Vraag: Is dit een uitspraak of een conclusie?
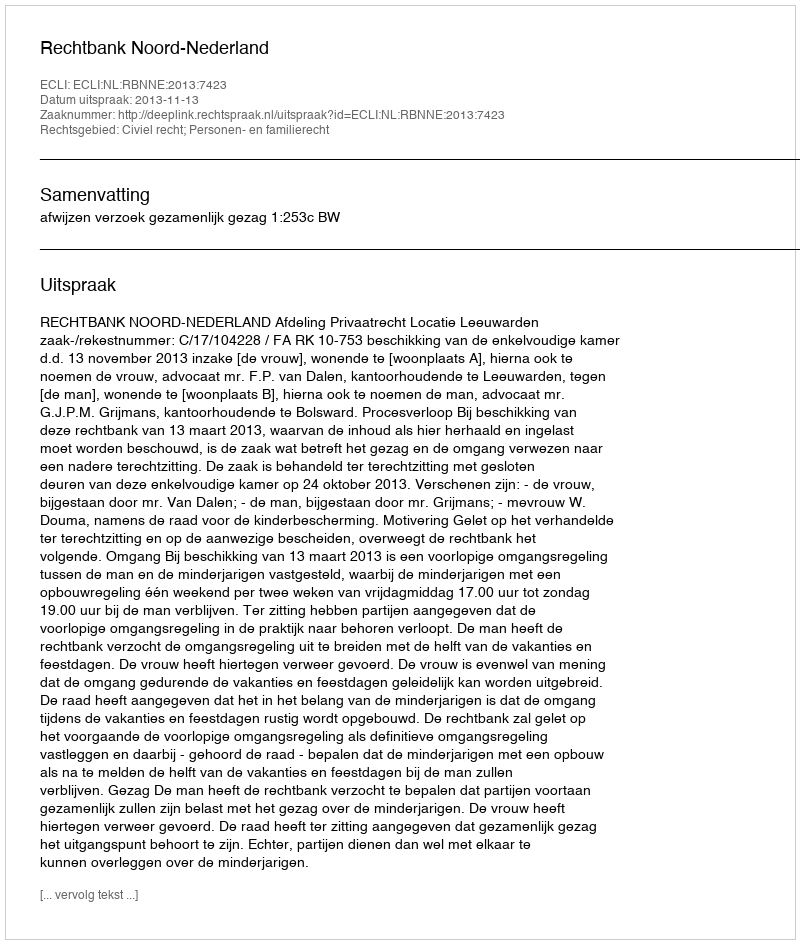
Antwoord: Uitspraak